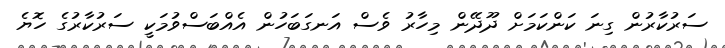
ސަރުކާރުން ގިނަ ކަންކަމަށް ދޫދޭން މިހާރު ވެސް އަނގަބަހުން އެއްބަސްވުމަކީ ސަރުކާރުގެ ހޮޔެ